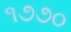
૧૭૭૦